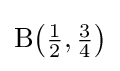
\mathrm {B} {\bigl (}{\tfrac {1}{2}},{\tfrac {3}{4}}{\bigr )}